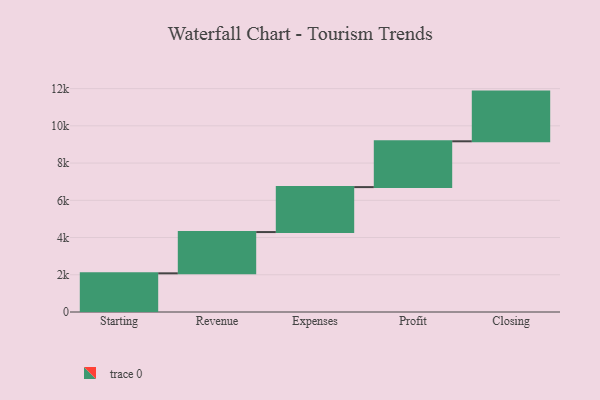
{"axis": {"x": "Step", "y": "Value"}, "legend": [""], "data": [{"x": "Starting", "y": 2078.0, "type": ""}, {"x": "Revenue", "y": 2216.0, "type": ""}, {"x": "Expenses", "y": 2415.0, "type": ""}, {"x": "Profit", "y": 2461.0, "type": ""}, {"x": "Closing", "y": 2669.0, "type": ""}]}